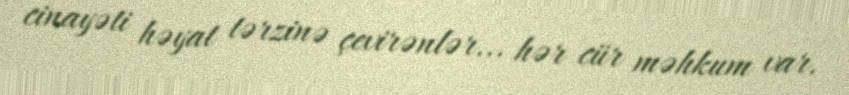
cinayəti həyat tərzinə çevirənlər... hər cür məhkum var.